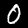
Label: 0